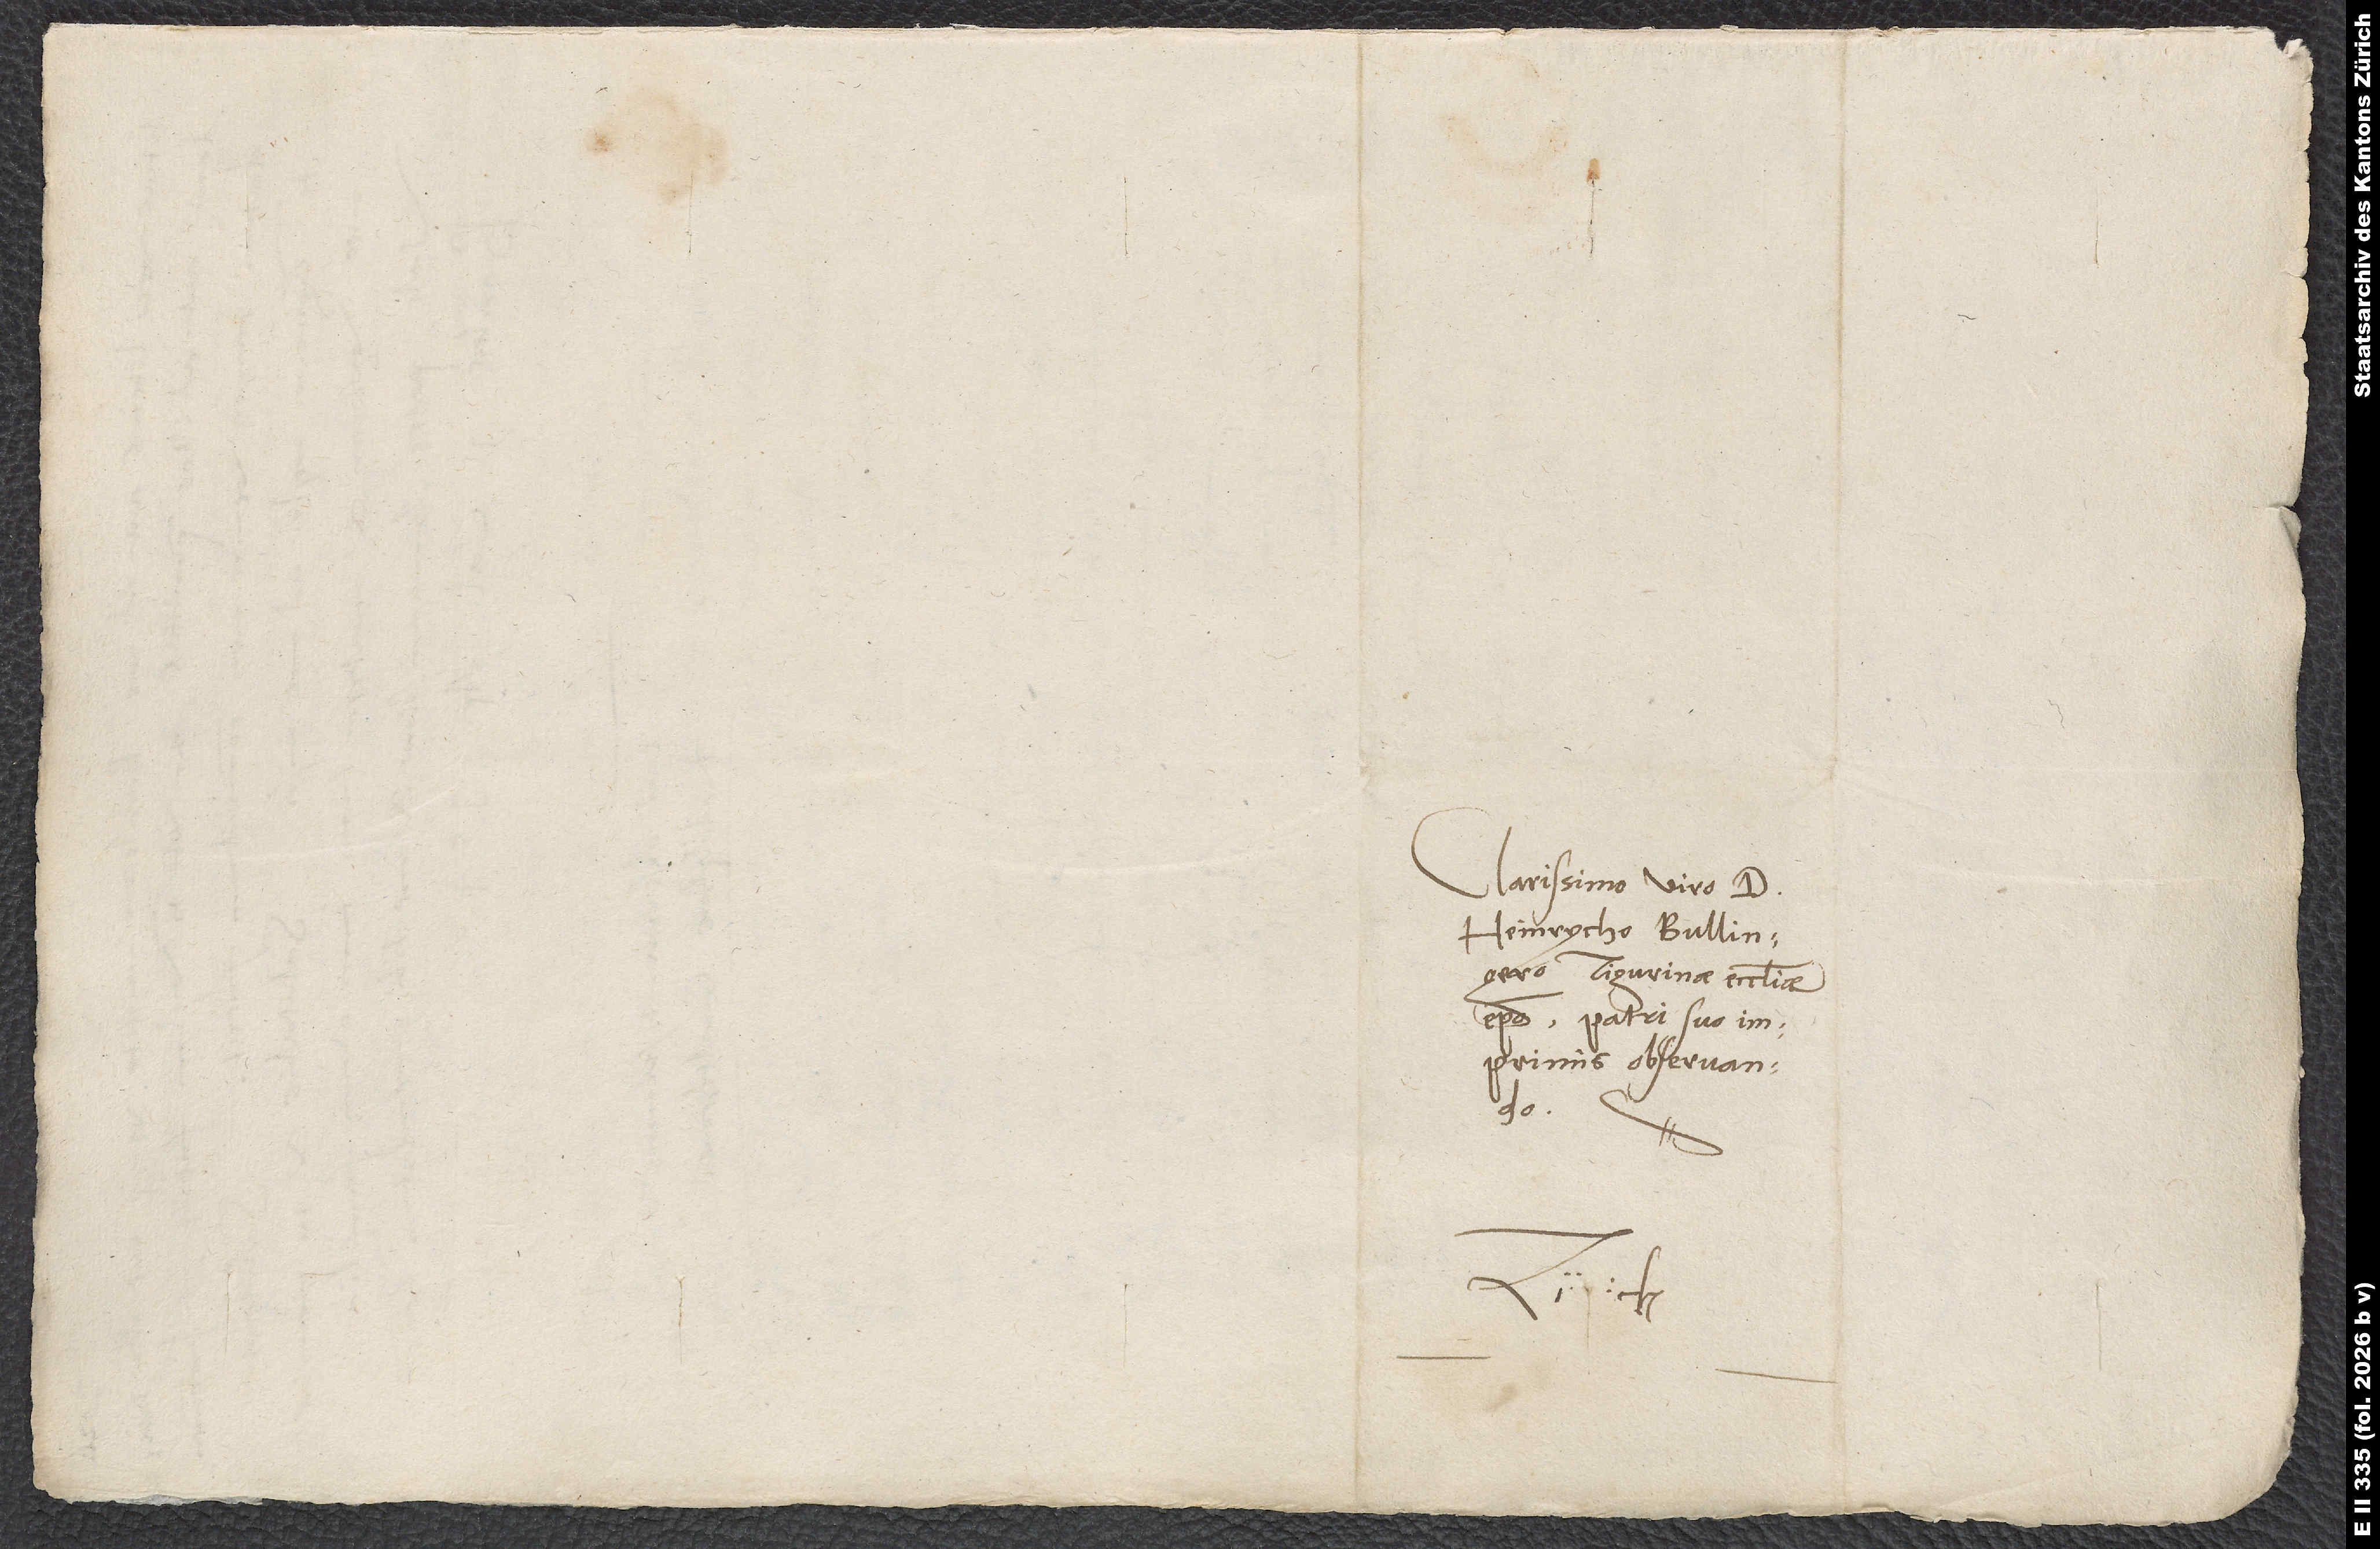
Clarissimo viro d.
Heinrycho Bullingero,
Tigurinae ecclesiae
episcopo, patri suo
imprimis observando.